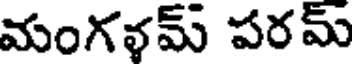
మంగళమ్ పరమ్